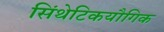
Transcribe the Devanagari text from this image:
सिंथेटिकयौगिक